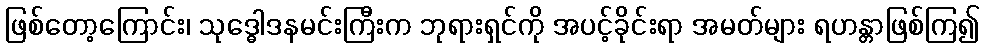
ဖြစ်တော့ကြောင်း၊ သုဒ္ဓေါဒနမင်းကြီးက ဘုရားရှင်ကို အပင့်ခိုင်းရာ အမတ်များ ရဟန္တာဖြစ်ကြ၍